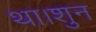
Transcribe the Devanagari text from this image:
था।शुन